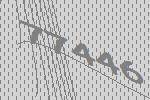
77446